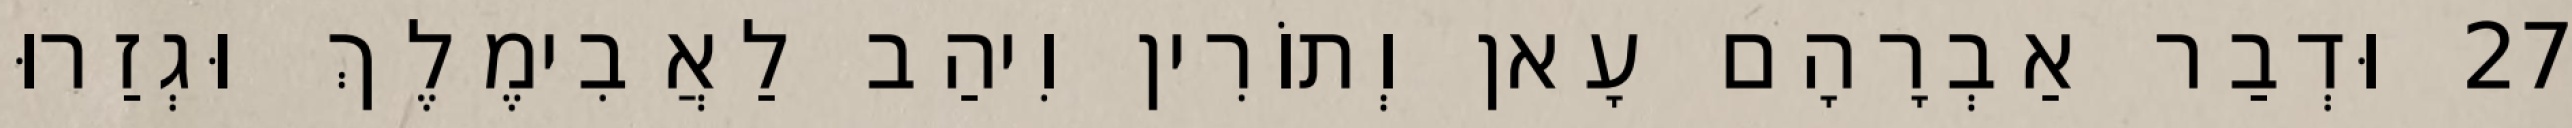
27 וּדְבַר אַבְרָהָם עָאן וְתוֹרִין וִיהַב לַאֲבִימֶלֶךְ וּגְזַרוּ